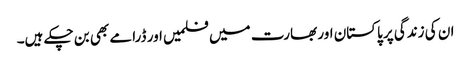
ان کی زندگی پر پاکستان اور بھارت میں فلمیں اور ڈرامے بھی بن چکے ہیں۔